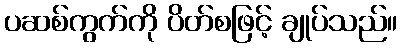
ပဆစ်ကွက်ကို ပိတ်စဖြင့် ချုပ်သည်။